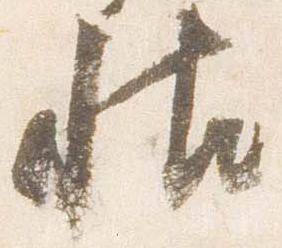
帖